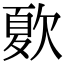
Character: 𣣺